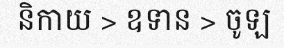
និកាយ > ឧទាន > ចូឡ